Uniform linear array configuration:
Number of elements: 12
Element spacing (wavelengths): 0.25
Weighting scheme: kaiser
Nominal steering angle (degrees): -45
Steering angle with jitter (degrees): -43.443
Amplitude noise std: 0.05
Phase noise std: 0.05

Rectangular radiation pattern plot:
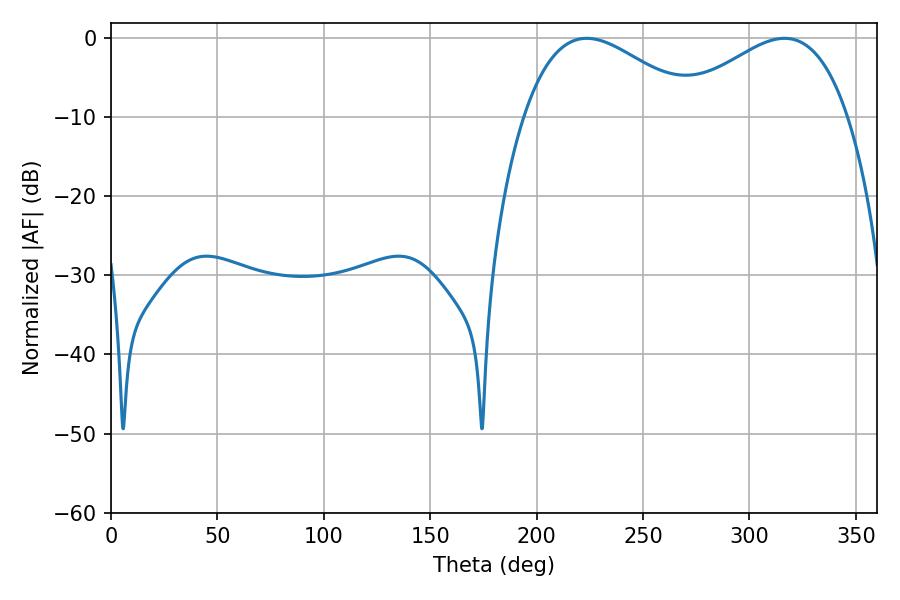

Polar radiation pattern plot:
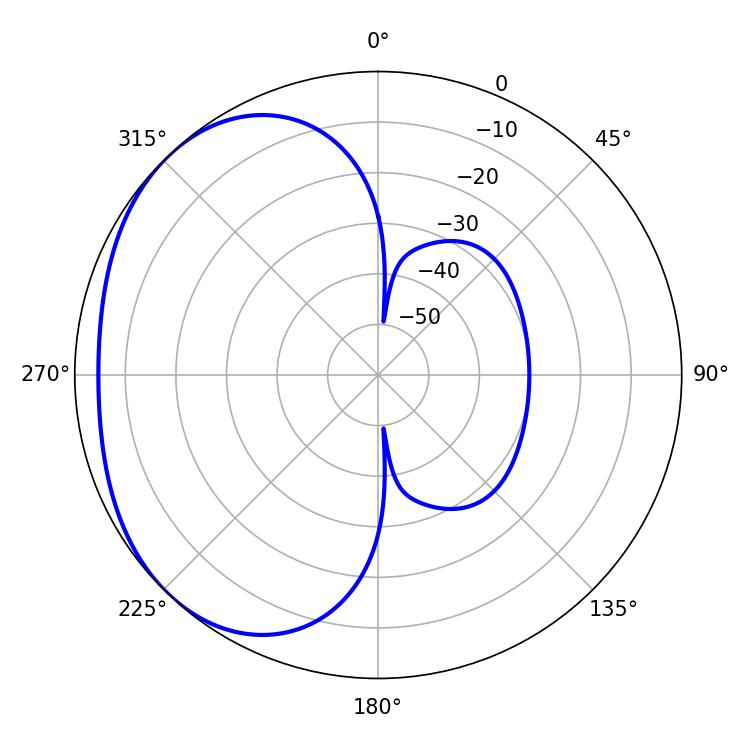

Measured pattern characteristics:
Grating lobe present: FALSE
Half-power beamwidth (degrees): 44.1
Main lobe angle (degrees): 223.56